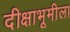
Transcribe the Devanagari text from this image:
दीक्षाभूमीला